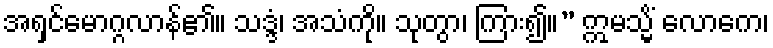
အရှင်မောဂ္ဂလာန်၏။ သဒ္ဒံ၊ အသံကို။ သုတွာ၊ ကြား၍။” ဣမသ္မိံ လောကေ၊